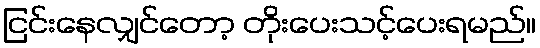
ငြင်းနေလျှင်တော့ တိုးပေးသင့်ပေးရမည်။